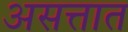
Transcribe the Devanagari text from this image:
असत्तात